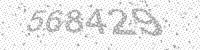
Solution: 568429